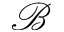
\mathcal { B }